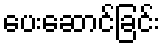
ပေးဆောင်ခြင်း